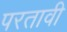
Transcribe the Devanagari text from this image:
परतावी